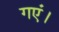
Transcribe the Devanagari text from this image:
गएं।